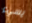
يسيء